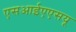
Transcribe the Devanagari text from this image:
एसआईएएसयू